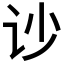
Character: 𰵏